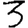
Digit: 3